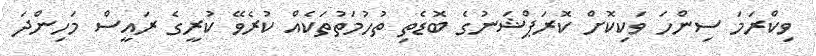
ވިކްރަމަ ސިންހަ ވަކިކޮށް ކޮރަޕްޝަނުގެ ބޮޑެތި ތުހުމަތުތަކެއް ކުރެވޭ ކުރީގެ ރައީސް މަހިންދަ